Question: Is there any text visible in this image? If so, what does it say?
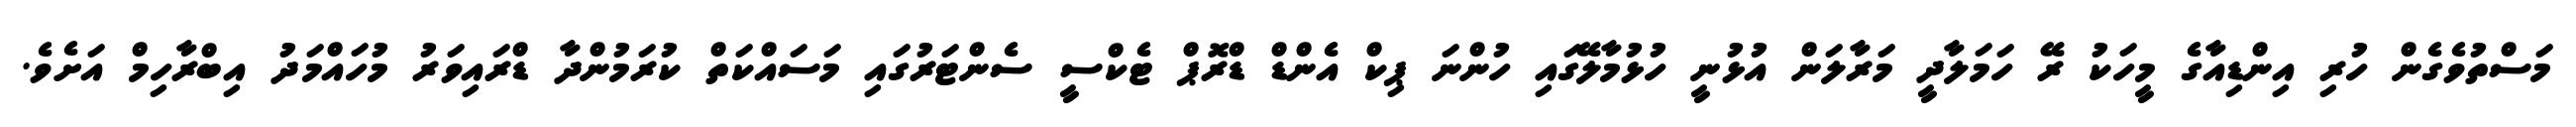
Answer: މަސްތުވެގެން ހުރި އިންޑިއާގެ މީހަކު ރޭ ހަމަލާދީ މަރާލަން އުޅުނީ ހުޅުމާލޭގައި ހުންނަ ޕިކް އެންޑް ޑްރޮޕް ޓެކްސީ ސެންޓަރުގައި މަސައްކަތް ކުރަމުންދާ ޑްރައިވަރު މުހައްމަދު އިބްރާހިމް އަށެވެ.